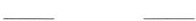
___ ___